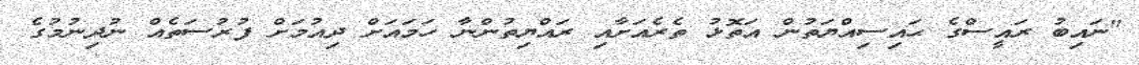
"ނައިބު ރައީސްގެ ޙައިސިއްޔަތުން އަތޮޅު ތެރެއަށާއި ރައްޔިތުންނާ ހަމައަށް ދިއުމަށް ފުރުސަތެއް ނުދިނުމުގެ